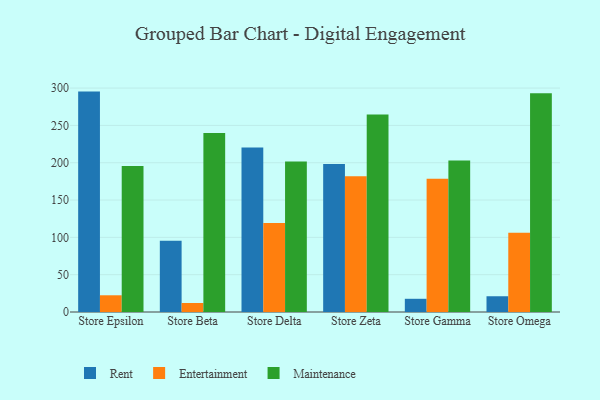
{"axis": {"x": "Store", "y": "Website Visitors"}, "legend": ["Entertainment", "Maintenance", "Rent"], "data": [{"x": "Store Epsilon", "y": 295.3, "type": "Rent"}, {"x": "Store Epsilon", "y": 22.4, "type": "Entertainment"}, {"x": "Store Epsilon", "y": 195.6, "type": "Maintenance"}, {"x": "Store Beta", "y": 95.3, "type": "Rent"}, {"x": "Store Beta", "y": 12.1, "type": "Entertainment"}, {"x": "Store Beta", "y": 239.7, "type": "Maintenance"}, {"x": "Store Delta", "y": 220.3, "type": "Rent"}, {"x": "Store Delta", "y": 119.2, "type": "Entertainment"}, {"x": "Store Delta", "y": 201.6, "type": "Maintenance"}, {"x": "Store Zeta", "y": 198.4, "type": "Rent"}, {"x": "Store Zeta", "y": 182.0, "type": "Entertainment"}, {"x": "Store Zeta", "y": 264.7, "type": "Maintenance"}, {"x": "Store Gamma", "y": 17.7, "type": "Rent"}, {"x": "Store Gamma", "y": 178.5, "type": "Entertainment"}, {"x": "Store Gamma", "y": 203.0, "type": "Maintenance"}, {"x": "Store Omega", "y": 21.1, "type": "Rent"}, {"x": "Store Omega", "y": 106.2, "type": "Entertainment"}, {"x": "Store Omega", "y": 293.1, "type": "Maintenance"}]}